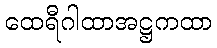
ထေရီဂါထာအဋ္ဌကထာ